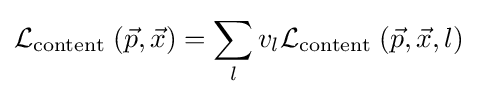
{\mathcal {L}}_{\text{content }}({\vec {p}},{\vec {x}})=\sum _{l}v_{l}{\mathcal {L}}_{\text{content }}({\vec {p}},{\vec {x}},l)